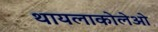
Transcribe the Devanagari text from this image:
थायलाकोलेओ